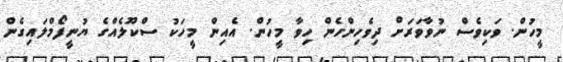
މީހުން. ވަކިވެސް ނުވާވަރަށް ދިވެހިންހެން ހިވާ މީހުން. އެއިން މީހަކު ސްކޫލެއްގެ ޔުނީފޯމްލައިގެން